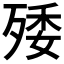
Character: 𣨙